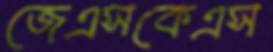
জেএসকেএস